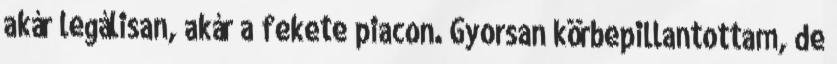
akár legálisan, akár a fekete piacon. Gyorsan körbepillantottam, de